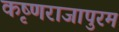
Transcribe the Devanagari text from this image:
कृष्णराजापुरम